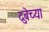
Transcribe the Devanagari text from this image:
दुबेच्या